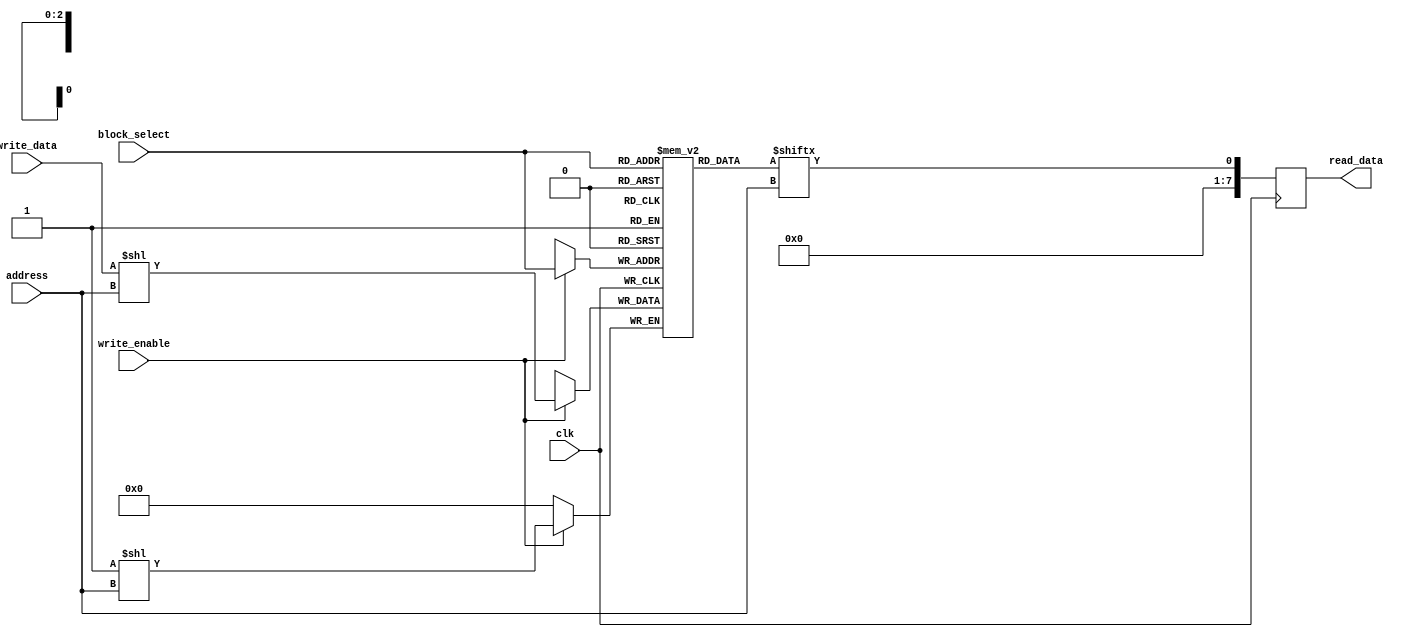
module register_file(
    input wire clk,
    input wire [2:0] block_select,
    input wire [2:0] address,
    input wire write_enable,
    input wire [7:0] write_data,
    output wire [7:0] read_data
);

reg [7:0] mem [7:0]; // 8 blocks of memory each containing 8 bits

always @(posedge clk) begin
    if(write_enable) begin
        mem[block_select][address] <= write_data;
    end
    read_data <= mem[block_select][address];
end

endmodule